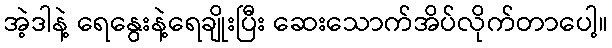
အဲ့ဒါနဲ့ ရေနွေးနဲ့ရေချိုးပြီး ဆေးသောက်အိပ်လိုက်တာပေါ့။